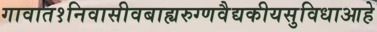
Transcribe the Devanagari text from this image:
गावात१निवासीवबाह्यरुग्णवैद्यकीयसुविधाआहे